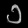
Digit: ၁